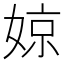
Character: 婛